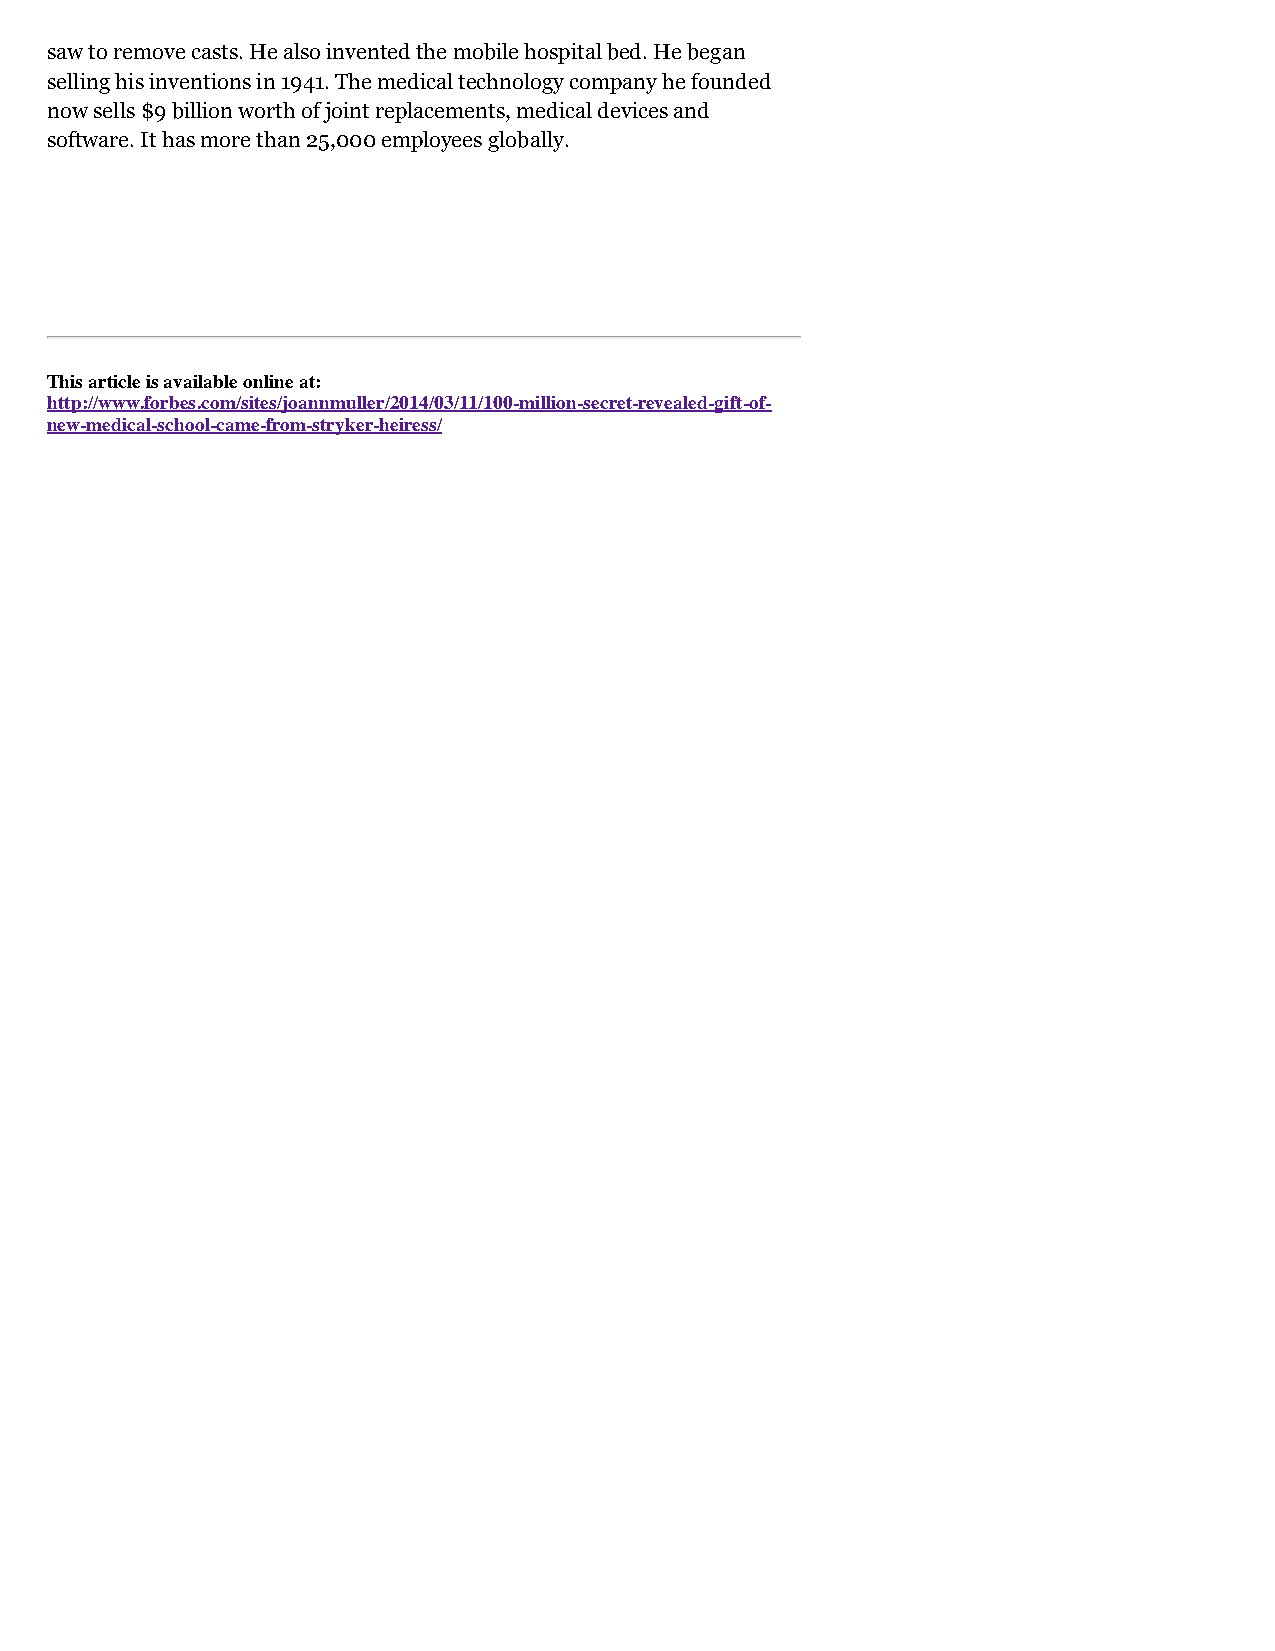
saw to remove casts. He also invented the mobile hospital bed. He began
 selling his inventions in 1941. The medical technology company he founded
 now sells $9 billion worth of joint replacements, medical devices and
 software. It has more than 25,000 employees globally.
 This article is available online at:
 http://www.forbes.com/sites/joannmuller/2014/03/11/100-million-secret-revealed-gift-of-
 new-medical-school-came-from-stryker-heiress/